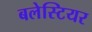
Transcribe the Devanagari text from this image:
बलेस्टियर